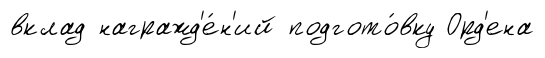
вклад награжд'е́н'ий подгото́вку Орд'ена